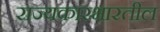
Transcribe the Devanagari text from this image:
राज्यकारभारतील